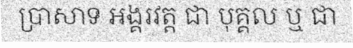
ប្រាសាទ អង្គរវត្ត ជា បុគ្គល ឬ ជា